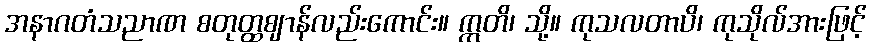
အနာဂတံသညာဏ စတုတ္ထဈာန်လည်းကောင်း။ ဣတိ၊ သို့။ ကုသလတာပိ၊ ကုသိုလ်အားဖြင့်